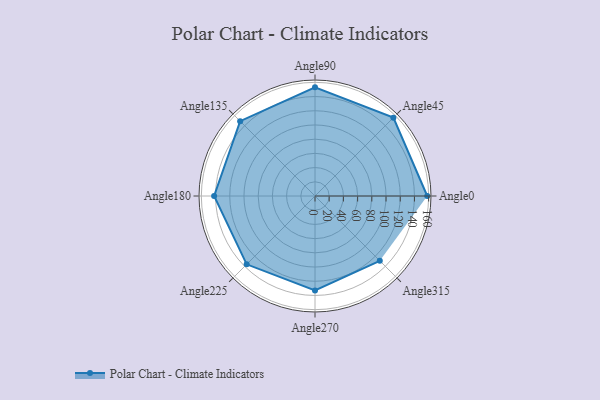
{"axis": {"x": "Angle", "y": "Radius"}, "legend": [""], "data": [{"x": "Angle0", "y": 158.0, "type": ""}, {"x": "Angle45", "y": 156.0, "type": ""}, {"x": "Angle90", "y": 153.0, "type": ""}, {"x": "Angle135", "y": 149.0, "type": ""}, {"x": "Angle180", "y": 142.0, "type": ""}, {"x": "Angle225", "y": 136.0, "type": ""}, {"x": "Angle270", "y": 133.0, "type": ""}, {"x": "Angle315", "y": 129.0, "type": ""}]}